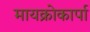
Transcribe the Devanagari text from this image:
मायक्रोकार्पा